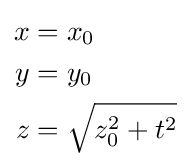
\scriptstyle {\begin{aligned}x&=x_{0}\\y&=y_{0}\\z&={\sqrt {z_{0}^{2}+t^{2}}}\end{aligned}}